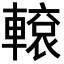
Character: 𨎊